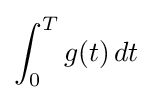
\int _{0}^{T}g(t)\,dt